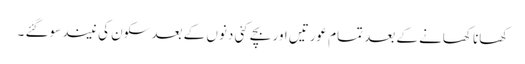
کھانا کھانے کے بعد تمام عورتیں اور بچے کئی دنوں کے بعد سکون کی نیند سوگئے ۔